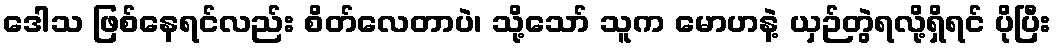
ဒေါသ ဖြစ်နေရင်လည်း စိတ်လေတာပဲ၊ သို့သော် သူက မောဟနဲ့ ယှဉ်တွဲရလို့ရှိရင် ပိုပြီး